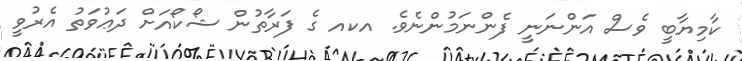
ކާމިޔާބީ ވެސް އަންނަނީ ފެންނަމުންނެވެ. އކއ ގެ ފަރާތުން ޝޯކޯއަށް ދަޢުވަތު އެރުވީ